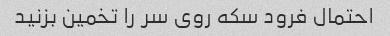
احتمال فرود سکه روی سر را تخمین بزنید